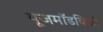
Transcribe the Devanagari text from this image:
यूजमॉडविकी